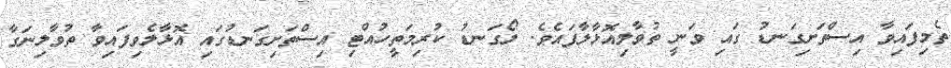
ތެމިފައިވާ އިސްތަށިގަނޑު ގައި ވަނީ ތުވާލިއޮޅާލާފައެވެ. ލޯގަނޑު ކުރިމަތީހުއްޓި އިސްތަށިގަނޑުގައި އޮޅާލެވިފައިވާ ތުވާލިނަގާ